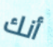
أنك